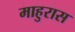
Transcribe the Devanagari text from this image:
माहुरास